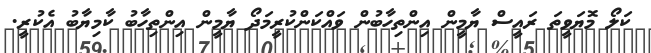
ކަލޯ މޮޔަވީތަ ރައީސް ޔާމީން އިންތިހާބުން ވައްކަންކުރީމަދޯ ޔާމީން އިންތިހާބު ކާމިޔާބު އެކުރީ.